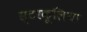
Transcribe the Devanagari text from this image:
स्टरकूलिया